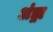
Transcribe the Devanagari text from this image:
अंड्रा